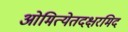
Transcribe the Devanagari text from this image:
ओमित्येतदक्षरमिद